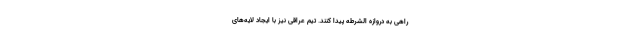
راهی به دروازه الشرطه پیدا کنند. تیم عراقی نیز با ایجاد لایه‌های